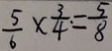
\frac { 5 } { 6 } \times \frac { 3 } { 4 } = \frac { 5 } { 8 }